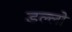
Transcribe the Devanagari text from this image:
डल्लो